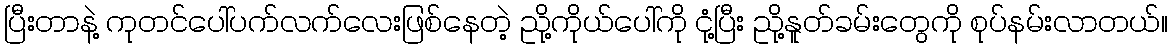
ပြီးတာနဲ့ ကုတင်ပေါ်ပက်လက်လေးဖြစ်နေတဲ့ ညို့ကိုယ်ပေါ်ကို ငုံ့ပြီး ညို့နူတ်ခမ်းတွေကို စုပ်နမ်းလာတယ်။